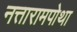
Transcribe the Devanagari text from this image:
नत्तारामपोथा